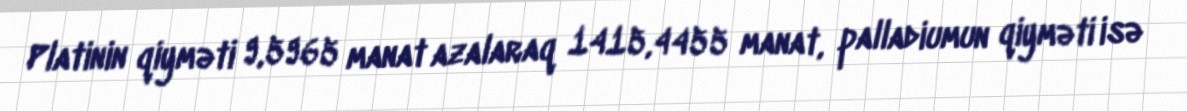
Platinin qiyməti 9,5965 manat azalaraq 1415,4455 manat, palladiumun qiyməti isə